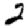
Digit: 2